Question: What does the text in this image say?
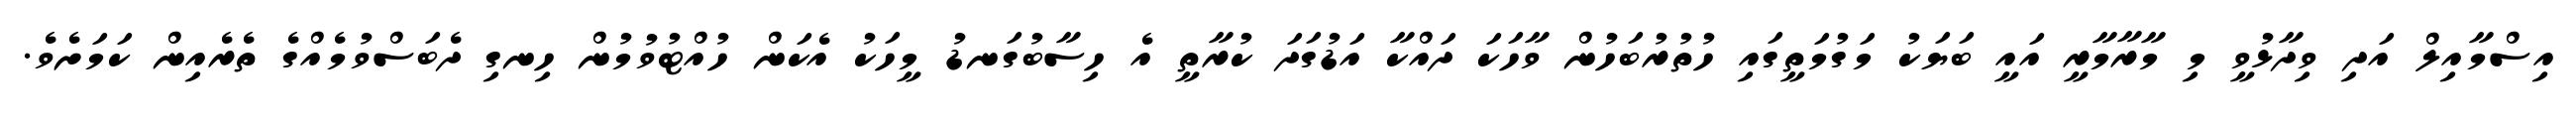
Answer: އިސްމާއިލް އަދި ވިދާޅުވީ މި މާރާމާރީ އައީ ބަޔަކު މަގުމަތީގައި ހުތުރުބަހުން ވާހަކަ ދައްކާ އަޑުގަދަ ކުރާތީ އެ ހިސާބުގަނޑު މީހަކު އެކަން ހުއްޓުވުމުން ހިނގި ދެބަސްވުމެއްގެ ތެރެއިން ކަމަށެވެ.